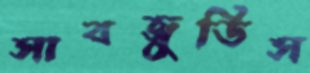
সাবজুডিস